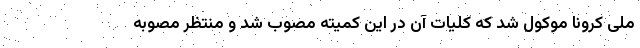
ملی کرونا موکول شد که کلیات آن در این کمیته مصوب شد و منتظر مصوبه